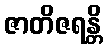
ဇာတိဇရန္တိ